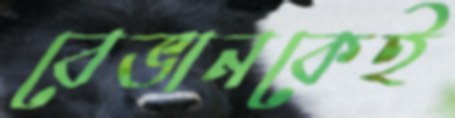
বেভানকেই